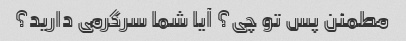
مطمئن پس تو چی؟ آیا شما سرگرمی دارید؟